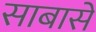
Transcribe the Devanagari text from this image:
साबासें